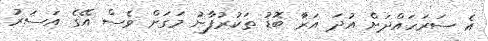
އެ ސަރަހައްދަށް އުދަ އަރަާ ބޮޑު ތަކުރުފާނު މަގަށް ވެސް އޭގެ އަސަރު